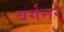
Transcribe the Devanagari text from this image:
बर्गनर